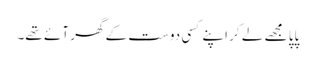
پاپا مجھے لے کر اپنے کسی دوست کے گھر آئے تھے۔